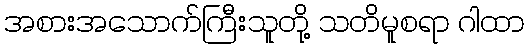
အစားအသောက်ကြီးသူတို့ သတိမူစရာ ဂါထာ